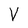
Character: V